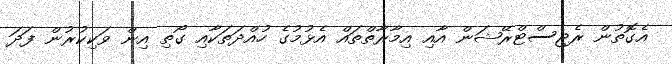
އެގޮތުން ރެޖިސްޓްރޭޝަން އާއި އިމާރާތްތައް އެޅުމުގެ ހުއްދަތަކާއި ގޯތި އިން ވަކިކުރުން ފަދަ